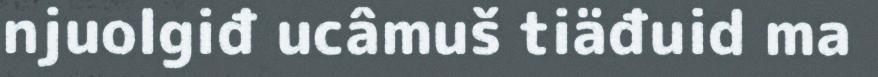
njuolgiđ ucâmuš tiäđuid ma